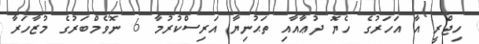
ހިޖްރީ އާ އަހަރުގެ ހެޔޮ ދުޢާއާއި ތަޙުނިޔާ އަރިސްކުރުމާ 6 ނޮވެމްބަރުގެ މުޒާހަރާ